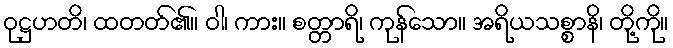
ဝုဋ္ဌဟတိ၊ ထတတ်၏။ ဝါ၊ ကား။ စတ္တာရိ၊ ကုန်သော။ အရိယသစ္စာနိ၊ တို့ကို။